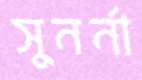
সুনর্না